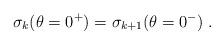
LaTeX: \begin{align*}\sigma_k(\theta=0^+)=\sigma_{k+1}(\theta=0^-)\; .\end{align*}